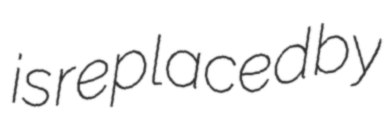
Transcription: is replaced by